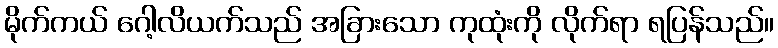
မိုက်ကယ် ဂေါ့လိယက်သည် အခြားသော ကုထုံးကို လိုက်ရာ ရပြန်သည်။